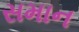
સમાન